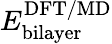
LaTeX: E_{\mathrm{{bilayer}}}^{\mathrm{{DFT/MD}}}